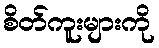
စိတ်ကူးများကို